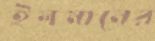
ইলমানের